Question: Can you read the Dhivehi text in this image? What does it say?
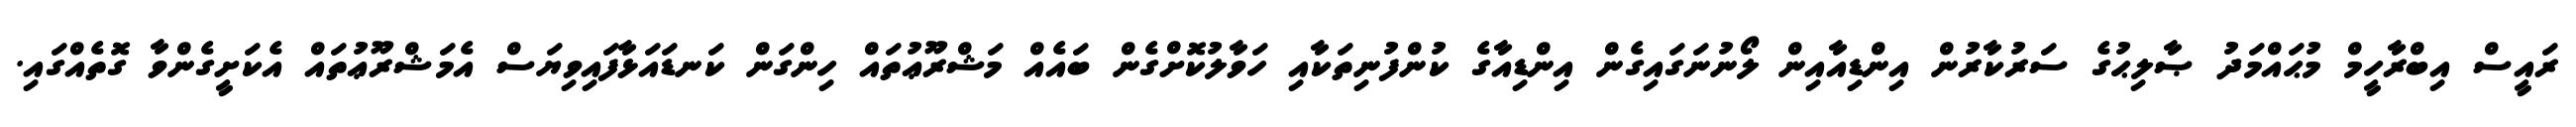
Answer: ރައީސް އިބްރާހީމް މުޙައްމަދު ޞާލިޙުގެ ސަރުކާރުން އިންޑިއާއިން ލޯނުނަގައިގެން އިންޑިއާގެ ކުންފުނިތަކާއި ހަވާލުކޮށްގެން ބައެއް މަޝްރޫޢުތައް ހިންގަން ކަނޑައަޅާފައިވިޔަސް އެމަޝްރޫޢުތައް އެކަށީގެންވާ ގޮތެއްގައި.